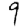
Digit: 9